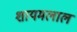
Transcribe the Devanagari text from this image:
शायमलाल